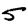
Digit: 5